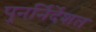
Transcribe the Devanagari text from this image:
पुनर्निर्देशत